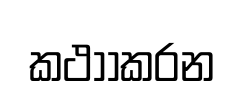
කථාාකරන